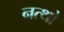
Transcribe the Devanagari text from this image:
नत्थो